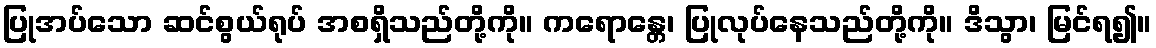
ပြုအပ်သော ဆင်စွယ်ရုပ် အစရှိသည်တို့ကို။ ကရောန္တေ၊ ပြုလုပ်နေသည်တို့ကို။ ဒိသွာ၊ မြင်ရ၍။